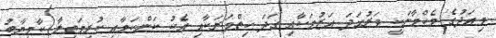
މިއަދުގެ މެހްމާނަކީ ވަރުގަދަ އަޒުމަކާއި ގަދަ ހިތްވަރަކާއި އެކު ކަންކަމާއި ކުރިމަތިލާ ކާމިޔާބު